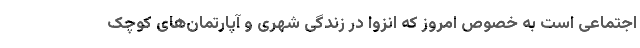
اجتماعی است به خصوص امروز که انزوا در زندگی شهری و آپارتمان‌‌های کوچک